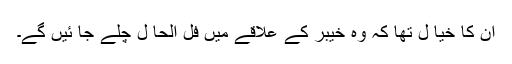
ان کا خیا ل تھا کہ وہ خیبر کے علاقے میں فل الحا ل چلے جا ئیں گے۔